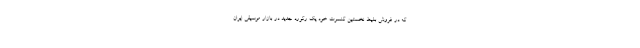
که در فروش بلیط نخستین کنسرت خود یک رکورد جدید در بازار موسیقی ایران